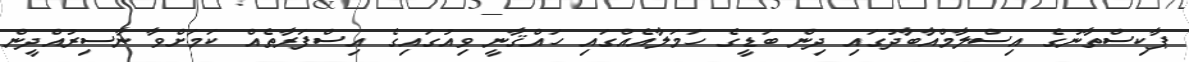
ޕާކިސްތާނުގެ އިސްލާމްއާބާދުގައި ދިން ބަޑީގެ ހަމަލާއެއްގައި ހައްޤާނީ ވިއުގައިގެ އިސްފަރާތެއް ކަމަށްވާ ނާސިރުއްދީން